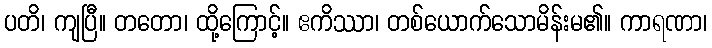
ပတိ၊ ကျပြီ။ တတော၊ ထို့ကြောင့်။ ဧကိဿာ၊ တစ်ယောက်သောမိန်းမ၏။ ကာရဏာ၊